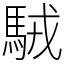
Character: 駥